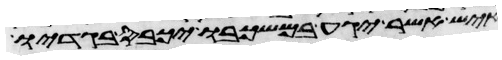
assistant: ואיש אשר יגע במשכבו יכבס בגדיו